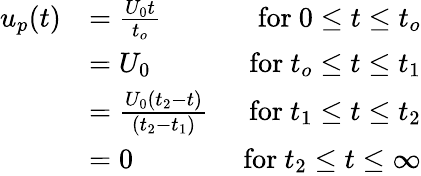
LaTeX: \begin{array}{rlr}{u_{p}(t)}&{=\frac{U_{0}t}{t_{o}}}&{\mathrm{~for~}0\leq t\leq t_{o}}\\ &{=U_{0}}&{\mathrm{~for~}t_{o}\leq t\leq t_{1}}\\ &{=\frac{U_{0}\left(t_{2}-t\right)}{\left(t_{2}-t_{1}\right)}}&{\mathrm{~for~}t_{1}\leq t\leq t_{2}}\\ &{=0}&{\mathrm{~for~}t_{2}\leq t\leq\infty}\end{array}